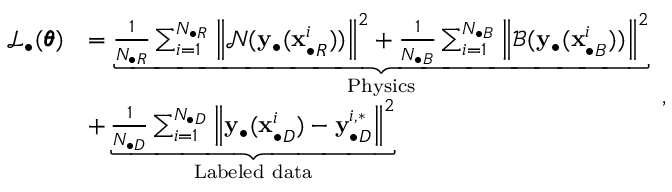
\begin{array} { r l } { \mathcal { L } _ { \bullet } ( \pmb { \theta } ) } & { = \underbrace { \frac { 1 } { N _ { \bullet R } } \sum _ { i = 1 } ^ { N _ { \bullet R } } { \left\| \mathcal { N } ( \mathbf { y } _ { \bullet } ( \mathbf { x } _ { \bullet R } ^ { i } ) ) \right\| ^ { 2 } } + \frac { 1 } { N _ { \bullet B } } \sum _ { i = 1 } ^ { N _ { \bullet B } } { \left\| \mathcal { B } ( \mathbf { y } _ { \bullet } ( \mathbf { x } _ { \bullet B } ^ { i } ) ) \right\| ^ { 2 } } } _ { \mathrm { P h y s i c s } } } \\ & { + \underbrace { \frac { 1 } { N _ { \bullet D } } \sum _ { i = 1 } ^ { N _ { \bullet D } } { \left\| \mathbf { y } _ { \bullet } ( \mathbf { x } _ { \bullet D } ^ { i } ) - \mathbf { y } _ { \bullet D } ^ { i , * } \right\| ^ { 2 } } } _ { \mathrm { L a b e l e d ~ d a t a } } } \end{array} ,